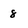
Character: 8